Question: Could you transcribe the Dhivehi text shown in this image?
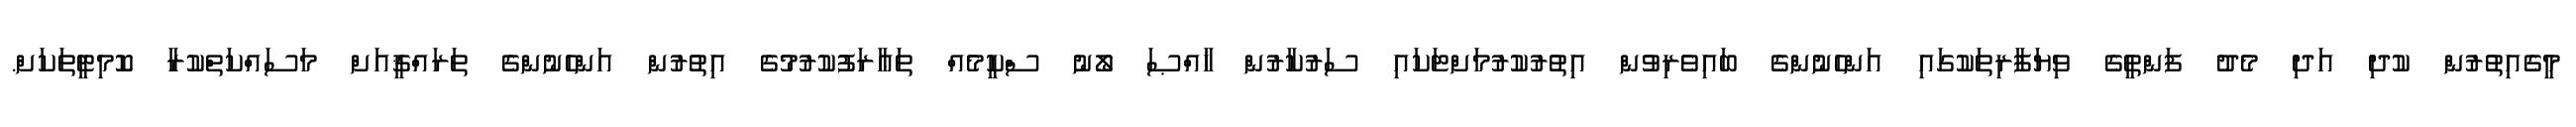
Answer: މީގެއިތުރުން ކުދި އަދި މެދު ފަންތީގެ ވިޔަފާރިތަކުގައި އަންހެނުންގެ ބައިވެރިވުން އިތުރުކުރުމަށްޓަކައި ސަރުކާރުން ޚާއްޞަ ލޯނު ސްކީމެއް ތަޢާރަފުކުރުމުގެ އިތުރުން އަންހެނުންގެ ތަރައްޤީއަށް މަސައްކަތްކުރާ ކޮމިޓީތަކަށް.